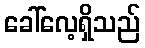
ခေါ်လေ့ရှိသည်